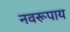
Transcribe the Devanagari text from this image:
नवरूपाय